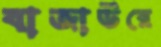
বাজাউরে